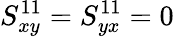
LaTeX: S_{xy}^{11}=S_{yx}^{11}=0